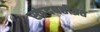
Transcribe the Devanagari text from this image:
स्कंदषष्ठीव्रत